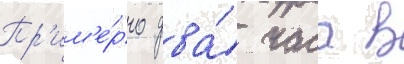
Пр'им'е́рно два́ часа в